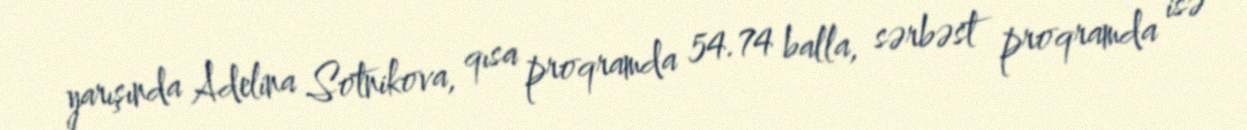
yarışında Adelina Sotnikova, qısa proqramda 54.74 balla, sərbəst proqramda isə